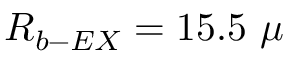
R _ { b - E X } = 1 5 . 5 \ \mu